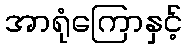
အာရုံကြောနှင့်